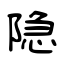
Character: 隐